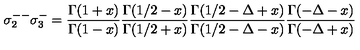
\sigma _ { 2 } ^ { -- } \sigma _ { 3 } ^ { - } = { \frac { \Gamma ( 1 + x ) } { \Gamma ( 1 - x ) } } { \frac { \Gamma ( 1 / 2 - x ) } { \Gamma ( 1 / 2 + x ) } } { \frac { \Gamma ( 1 / 2 - \Delta + x ) } { \Gamma ( 1 / 2 - \Delta - x ) } } { \frac { \Gamma ( - \Delta - x ) } { \Gamma ( - \Delta + x ) } }